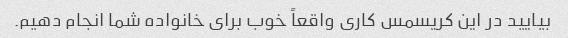
بیایید در این کریسمس کاری واقعاً خوب برای خانواده شما انجام دهیم.